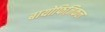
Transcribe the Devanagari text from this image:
बायोफिज़िकल